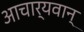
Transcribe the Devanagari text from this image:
आचार्यवान्